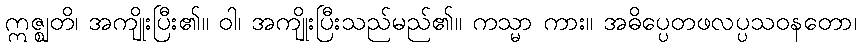
ဣဇ္ဈတိ၊ အကျိုးပြီး၏။ ဝါ၊ အကျိုးပြီးသည်မည်၏။ ကသ္မာ ကား။ အဓိပ္ပေတဖလပ္ပသဝနတော၊